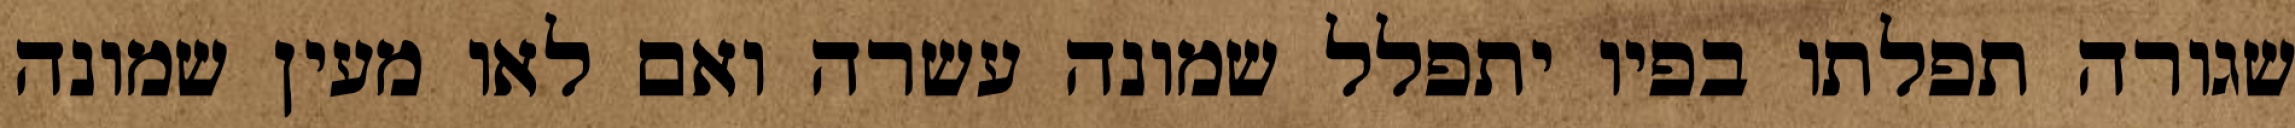
שגורה תפלתו בפיו יתפלל שמונה עשרה ואם לאו מעין שמונה